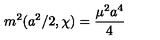
m ^ { 2 } ( a ^ { 2 } / 2 , \chi ) = \frac { \mu ^ { 2 } a ^ { 4 } } { 4 }